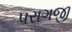
પરાગજી